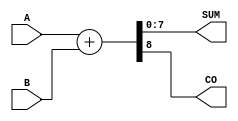
module ParametrizedAdder #(
    parameter WIDTH = 8  // Default bit width is set to 8 bits
)(
    input  wire [WIDTH-1:0] A,    // Input A
    input  wire [WIDTH-1:0] B,    // Input B
    output wire [WIDTH-1:0] SUM,   // Output SUM
    output wire                CO    // Carry Out
);

    // Behavioral description of the adder
    assign {CO, SUM} = A + B;  // Compute sum and carry out

endmodule